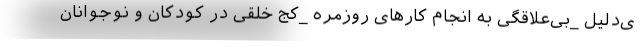
ی‌دلیل _بی‌علاقگی به انجام کارهای روزمره _کج خلقی در کودکان و نوجوانان